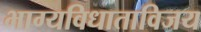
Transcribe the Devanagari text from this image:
भाग्यविधाताविजय